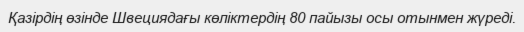
Қазiрдiң өзiнде Швециядағы көлiктердiң 80 пайызы осы отынмен жүредi.